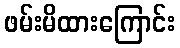
ဖမ်းမိထားကြောင်း